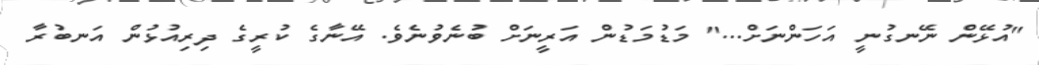
"އުޅޭން ނޭނގުނީ އަހަންނަށް..." މަޑުމަޑުން އަރީނަށް ބުނެވުނެވެ. އޭނާގެ ކުރީގެ ދިރިއުޅުން އަނބުރާ